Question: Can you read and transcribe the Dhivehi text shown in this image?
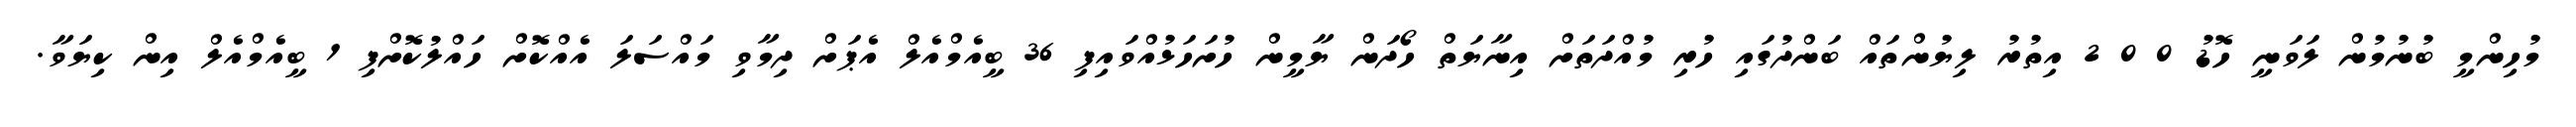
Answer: މުހިންމީ ބުނުމުން ލަވަނީ ހޮޑު 0 0 2 އިތުރު ލިޔުންތައް ބަންދުގައި ހުރި މުއްދަތަށް އިނާޔަތް ހޯދަން ޔާމީން ހުށަހަޅުއްވައިފި 36 ބީއެމްއެލް އެޕަށް ދިމާވި މައްސަލަ އެއްކޮށް ހައްލުކޮށްފި 1 ބީއެމްއެލް އިން ކިޔަވާ.